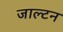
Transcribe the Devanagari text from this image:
जाल्‍टन